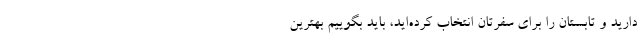
دارید و تابستان را برای سفرتان انتخاب کرده‌اید، باید بگوییم بهترین